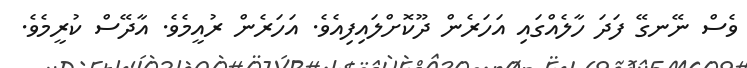
ވެސް ނޭނގޭ ފަދަ ހާލެއްގައި އަހަރެން ދޫކޮށްލައިފިއެވެ. އަހަރެން ރުއީމެވެ. އާދޭސް ކުރީމެވެ.